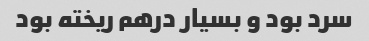
سرد بود و بسیار درهم ریخته بود